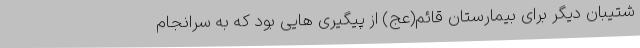
شتیبان دیگر برای بیمارستان قائم(عج) از پیگیری هایی بود که به سرانجام